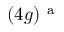
( 4 g ) ^ { \mathrm { ~ a ~ } }